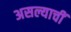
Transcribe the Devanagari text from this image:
असल्याचीं